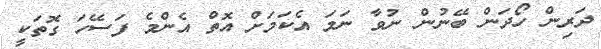
ދަރިން ހޯދަން ބޭނުން ނުވާ ނަމަ އެކަމަށް އޮތް އެންމެ ފަސޭހަ ގޮތަކީ